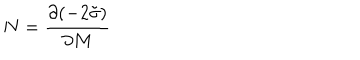
N = \frac { \partial ( - 2 \tilde { \sigma } ) } { \partial M }